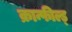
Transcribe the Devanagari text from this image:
क्रान्फील्ड्